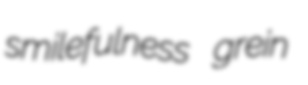
smilefulness grein